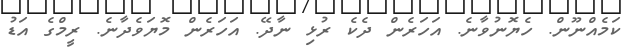
ކަމެއްނޫން. ހެޔޮނުވާނެ. އަހަރެން ދެކެ ރުޅި ނާދޭ. އަހަރެން މޮޔަވެދާނެ. ރީމްގެ އަޑު